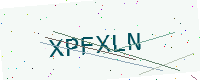
Text: XPFXLN